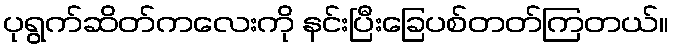
ပုရွက်ဆိတ်ကလေးကို နင်းပြီးခြေပစ်တတ်ကြတယ်။